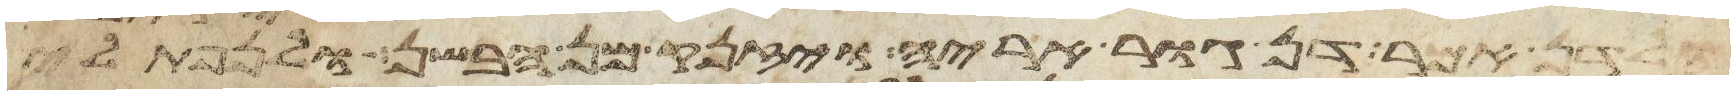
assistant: ולדן אמר דן גור אריה ויזנק מן הבשן ולנפתלי